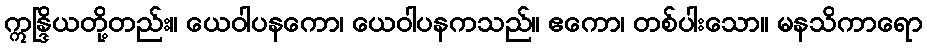
ဣန္ဒြိယတို့တည်း။ ယေဝါပနကော၊ ယေဝါပနကသည်။ ဧကော၊ တစ်ပါးသော။ မနသိကာရော